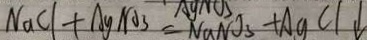
N a C l + A g N O _ { 3 } = N a N O _ { 3 } + A g C l \downarrow